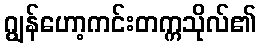
ဂျွန်ဟော့ကင်းတက္ကသိုလ်၏